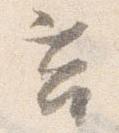
莒